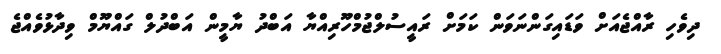
ދިވެހި ރާއްޖެއަށް ވަޑައިގަންނަވަން ކަމަށް ރައީސުލްޖުމްހޫރިއްޔާ އަބްދު ޔާމީން އަބްދުލް ގައްޔޫމް ވިދާޅުވެއްޖެ